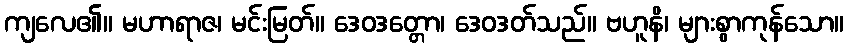
ကျလေ၏။ မဟာရာဇ၊ မင်းမြတ်။ ဒေဝဒတ္တော၊ ဒေဝဒတ်သည်။ ဗဟူနိ၊ များစွာကုန်သော။